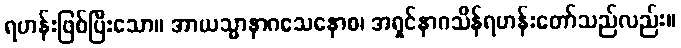
ရဟန်းဖြစ်ပြီးသော။ အာယသ္မာနာဂသေနောစ၊ အရှင်နာဂသိန်ရဟန်းတော်သည်လည်း။